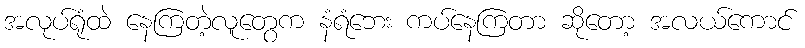
အလုပ်ရုံထဲ နေကြတဲ့လူတွေက နံရံဘေး ကပ်နေကြတာ ဆိုတော့ အလယ်ကောင်